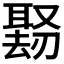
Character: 𪠱